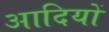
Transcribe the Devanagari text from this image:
आदियों